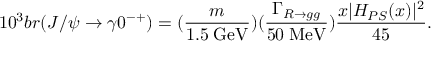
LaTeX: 1 0 ^ { 3 } b r ( J / \psi \rightarrow \gamma 0 ^ { - + } ) = ( \frac { m } { 1 . 5 \; \mathrm { G e V } } ) ( \frac { \Gamma _ { R \rightarrow g g } } { 5 0 \; \mathrm { M e V } } ) \frac { x | H _ { P S } ( x ) | ^ { 2 } } { 4 5 } .